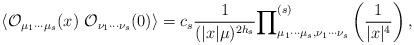
LaTeX: \begin{align*}\langle {\cal O}_{\mu _{1}\cdots \mu _{s}}(x)~{\cal O}_{\nu _{1}\cdots \nu_{s}}(0)\rangle =c_{s}\frac{1}{(|x|\mu )^{2h_{s}}}{\prod }_{\mu _{1}\cdots\mu _{s},\nu _{1}\cdots \nu _{s}}^{(s)}\left( \frac{1}{|x|^{4}}\right) ,\end{align*}